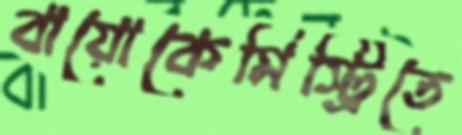
বায়োকেমিস্ট্রিতে